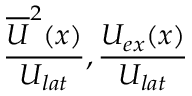
\frac { \overline { { U } } ^ { 2 } ( x ) } { U _ { l a t } } , \frac { U _ { e x } ( x ) } { U _ { l a t } }